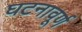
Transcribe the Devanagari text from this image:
घटनावूर्ण